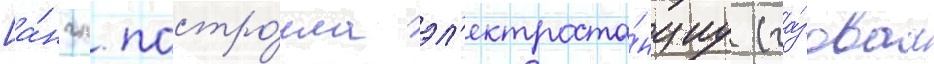
[а́нгл. постро́ила эл'ектроста́нциу (га́зоваа